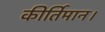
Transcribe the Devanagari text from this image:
कीर्तिमान।